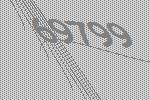
69799